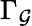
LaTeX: \Gamma_{\mathcal{G}}